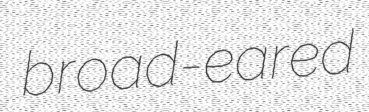
broad-eared